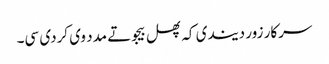
سرکار زور دیندی کہ پھل بیجو تے مدد وی کردی سی۔